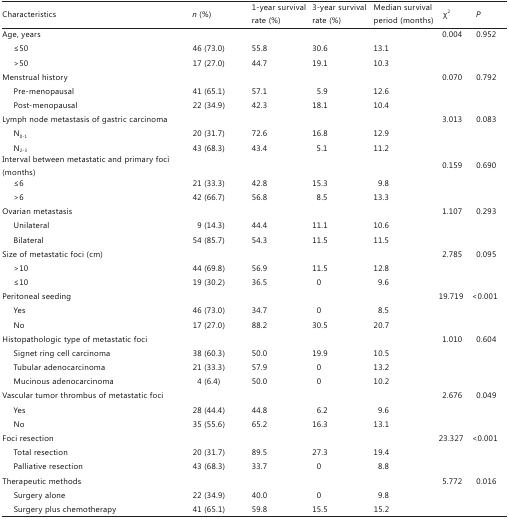
<table><thead><tr><td><b>Characteristics</b></td><td><b><i>n</i> (%)</b></td><td><b>1-year survival rate (%)</b></td><td><b>3-year survival rate (%)</b></td><td><b>Median survival period (months)</b></td><td><b>χ<sup>2</sup></b></td><td><b><i>P</i></b></td></tr></thead><tbody><tr><td>Age, years</td><td></td><td></td><td></td><td></td><td>0.004</td><td>0.952</td></tr><tr><td>≤50</td><td>46 (73.0)</td><td>55.8</td><td>30.6</td><td>13.1</td><td></td><td></td></tr><tr><td>&gt;50</td><td>17 (27.0)</td><td>44.7</td><td>19.1</td><td>10.3</td><td></td><td></td></tr><tr><td>Menstrual history</td><td></td><td></td><td></td><td></td><td>0.070</td><td>0.792</td></tr><tr><td>Pre-menopausal</td><td>41 (65.1)</td><td>57.1</td><td>5.9</td><td>12.6</td><td></td><td></td></tr><tr><td>Post-menopausal</td><td>22 (34.9)</td><td>42.3</td><td>18.1</td><td>10.4</td><td></td><td></td></tr><tr><td>Lymph node metastasis of gastric carcinoma</td><td></td><td></td><td></td><td></td><td>3.013</td><td>0.083</td></tr><tr><td>N<sub>0-1</sub></td><td>20 (31.7)</td><td>72.6</td><td>16.8</td><td>12.9</td><td></td><td></td></tr><tr><td>N<sub>2-3</sub></td><td>43 (68.3)</td><td>43.4</td><td>5.1</td><td>11.2</td><td></td><td></td></tr><tr><td>Interval between metastatic and primary foci (months)</td><td></td><td></td><td></td><td></td><td>0.159</td><td>0.690</td></tr><tr><td>≤6</td><td>21 (33.3)</td><td>42.8</td><td>15.3</td><td>9.8</td><td></td><td></td></tr><tr><td>&gt;6</td><td>42 (66.7)</td><td>56.8</td><td>8.5</td><td>13.3</td><td></td><td></td></tr><tr><td>Ovarian metastasis</td><td></td><td></td><td></td><td></td><td>1.107</td><td>0.293</td></tr><tr><td>Unilateral</td><td>9 (14.3)</td><td>44.4</td><td>11.1</td><td>10.6</td><td></td><td></td></tr><tr><td>Bilateral</td><td>54 (85.7)</td><td>54.3</td><td>11.5</td><td>11.5</td><td></td><td></td></tr><tr><td>Size of metastatic foci (cm)</td><td></td><td></td><td></td><td></td><td>2.785</td><td>0.095</td></tr><tr><td>&gt;10</td><td>44 (69.8)</td><td>56.9</td><td>11.5</td><td>12.8</td><td></td><td></td></tr><tr><td>≤10</td><td>19 (30.2)</td><td>36.5</td><td>0</td><td>9.6</td><td></td><td></td></tr><tr><td>Peritoneal seeding</td><td></td><td></td><td></td><td></td><td>19.719</td><td>&lt;0.001</td></tr><tr><td>Yes</td><td>46 (73.0)</td><td>34.7</td><td>0</td><td>8.5</td><td></td><td></td></tr><tr><td>No</td><td>17 (27.0)</td><td>88.2</td><td>30.5</td><td>20.7</td><td></td><td></td></tr><tr><td>Histopathologic type of metastatic foci</td><td></td><td></td><td></td><td></td><td>1.010</td><td>0.604</td></tr><tr><td>Signet ring cell carcinoma</td><td>38 (60.3)</td><td>50.0</td><td>19.9</td><td>10.5</td><td></td><td></td></tr><tr><td>Tubular adenocarcinoma</td><td>21 (33.3)</td><td>57.9</td><td>0</td><td>13.2</td><td></td><td></td></tr><tr><td>Mucinous adenocarcinoma</td><td>4 (6.4)</td><td>50.0</td><td>0</td><td>10.2</td><td></td><td></td></tr><tr><td>Vascular tumor thrombus of metastatic foci</td><td></td><td></td><td></td><td></td><td>2.676</td><td>0.049</td></tr><tr><td>Yes</td><td>28 (44.4)</td><td>44.8</td><td>6.2</td><td>9.6</td><td></td><td></td></tr><tr><td>No</td><td>35 (55.6)</td><td>65.2</td><td>16.3</td><td>13.1</td><td></td><td></td></tr><tr><td>Foci resection</td><td></td><td></td><td></td><td></td><td>23.327</td><td>&lt;0.001</td></tr><tr><td>Total resection</td><td>20 (31.7)</td><td>89.5</td><td>27.3</td><td>19.4</td><td></td><td></td></tr><tr><td>Palliative resection</td><td>43 (68.3)</td><td>33.7</td><td>0</td><td>8.8</td><td></td><td></td></tr><tr><td>Therapeutic methods</td><td></td><td></td><td></td><td></td><td>5.772</td><td>0.016</td></tr><tr><td>Surgery alone</td><td>22 (34.9)</td><td>40.0</td><td>0</td><td>9.8</td><td></td><td></td></tr><tr><td>Surgery plus chemotherapy</td><td>41 (65.1)</td><td>59.8</td><td>15.5</td><td>15.2</td><td></td><td></td></tr></tbody></table>